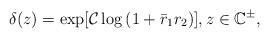
LaTeX: \begin{align*}\delta(z)= \exp [ {\mathcal{C} \log \left(1+\bar{r}_1 r_2\right)}] , z \in \mathbb{C}^{\pm},\end{align*}